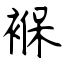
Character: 褓